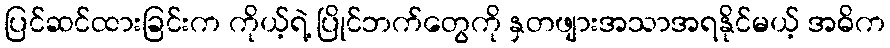
ပြင်ဆင်ထားခြင်းက ကိုယ့်ရဲ့ ပြိုင်ဘက်တွေကို နှတဖျားအသာအရနိုင်မယ့် အဓိက